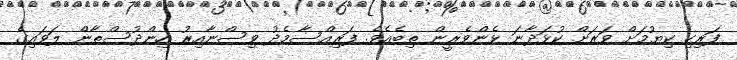
ފަރިހި ކިޔުމަށް ވަރަށް ކުޅަދާނަ ޅެންވެރީން ތިބެއެވެ. ފަރިއްސާމެދު ވިސްނާއިރު ހިންދުސްތާން ލަވައިގެ